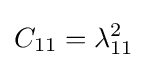
C_{11}=\lambda _{11}^{2}